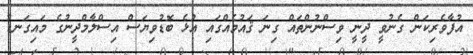
އުފާވެރިކަން ގެނުވީ ދީނީ ވިސްނުންތައް ގިނަ ޤައުމެއްގައި އުޅެ ބޮޑުވިޔަސް އިސްލާމްދީނުގެ މައިގަނޑު